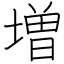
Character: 増